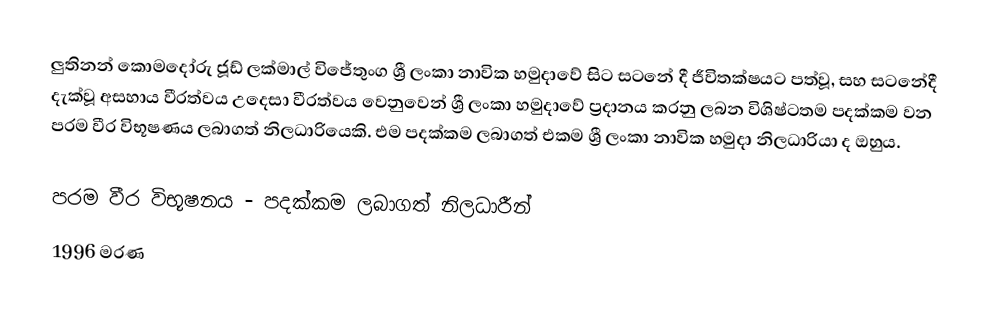
ලුතිනන් කොමදෝරු ජූඩ් ලක්මාල් විජේතුංග  ශ්‍රී ලංකා නාවික හමුදාවේ සිට සටනේ දී ජීවිතක්ෂයට පත්වූ, සහ සටනේදී දැක්වූ අසහාය වීරත්වය උදෙසා වීරත්වය   වෙනුවෙන් ශ්‍රී ලංකා හමුදාවේ ප්‍රදානය කරනු ලබන විශිෂ්ටතම පදක්කම වන පරම වීර විභූෂණය ලබාගත් නිලධාරියෙකි. එම පදක්කම ලබාගත් එකම ශ්‍රී ලංකා නාවික හමුදා නිලධාරියා ද ඔහුය.

පරම වීර විභූෂනය - පදක්කම ලබාගත් නිලධාරීන්
1996 මරණ